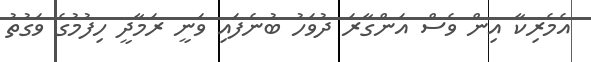
އެެމެރިކާ އިން ވެސް އަންގާރަ ދުވަހު ބުނެފައި ވަނީ ރަމާދީ ހިފުމުގެ ވަގުތު